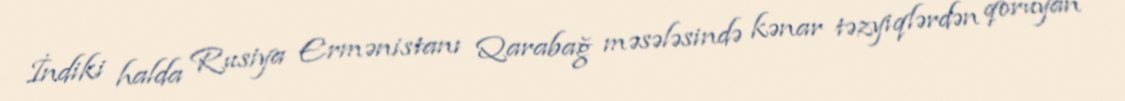
İndiki halda Rusiya Ermənistanı Qarabağ məsələsində kənar təzyiqlərdən qoruyan